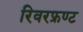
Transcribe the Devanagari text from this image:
रिवरफ्रण्ट